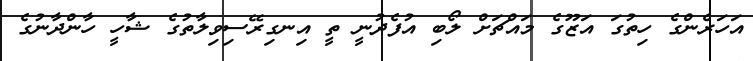
އަހަރެންގެ ހިތުގަ އަޒޫގެ މައްޗަށް ލޯބި އުފެދުނީ ތީ އިނގިރޭސިވިލާތުގެ ޝާހީ ހާންދާނުގެ